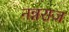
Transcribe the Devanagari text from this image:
नन्नराज